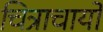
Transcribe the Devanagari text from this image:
चित्राचार्यों